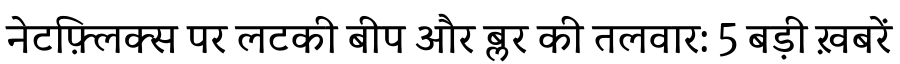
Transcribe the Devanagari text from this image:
नेटफ़्लिक्स पर लटकी बीप और ब्लर की तलवार: 5 बड़ी ख़बरें